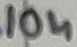
Text: 10n